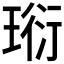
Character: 𤦷